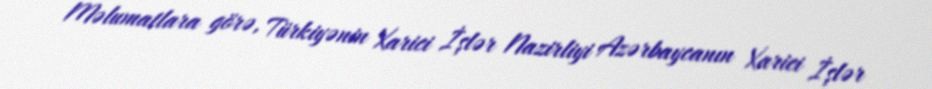
Məlumatlara görə, Türkiyənin Xarici İşlər Nazirliyi Azərbaycanın Xarici İşlər